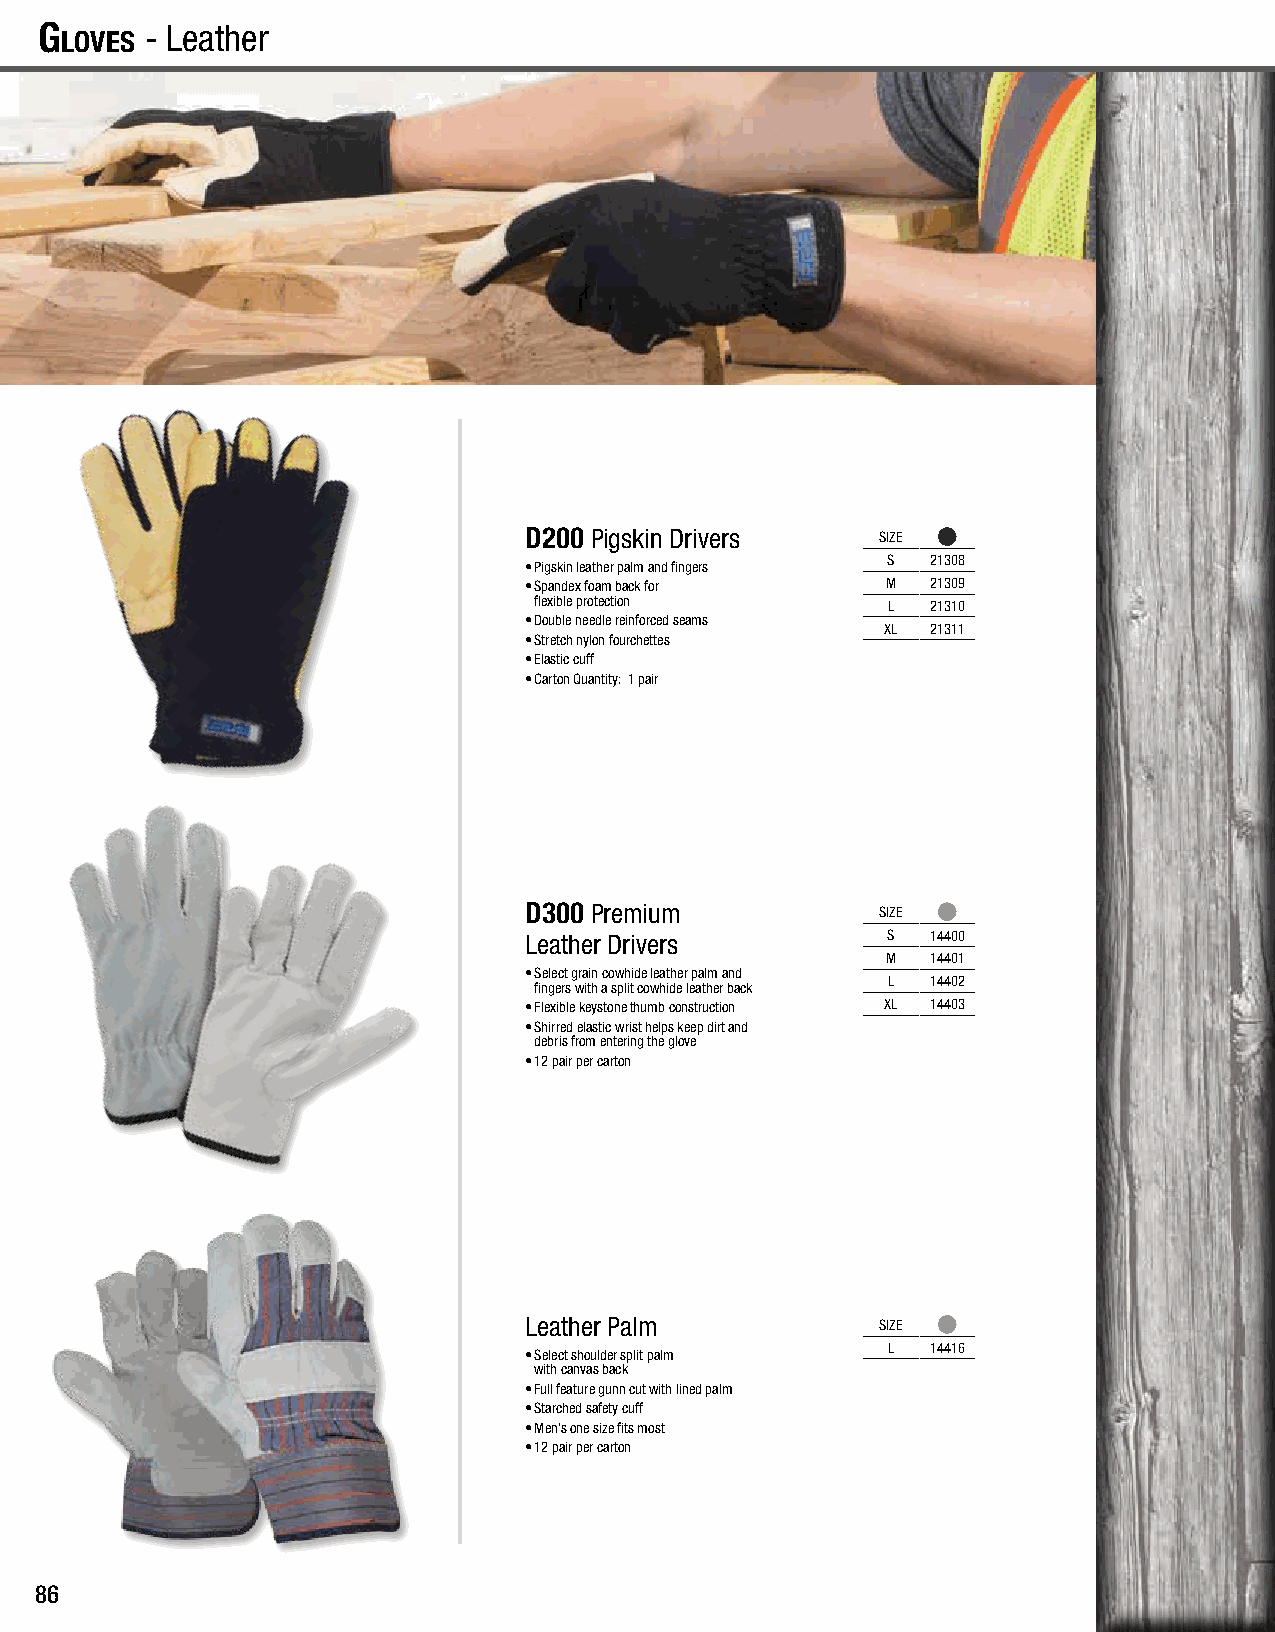
G
 loves
 - Leather                                                                             G
 loves
 D200 Pigskin Drivers   SIZE
 S  21308
 • Pigskin leather palm and fingers
 • Spandex foam back for M  21309
 flexible protection     L  21310
 • Double needle reinforced seams
 XL 21311
 • Stretch nylon fourchettes
 • Elastic cuff
 • Carton Quantity: 1 pair
 D300 Premium           SIZE
 Leather Drivers         S  14400
 M  14401
 • Select grain cowhide leather palm and
 L  14402
 fingers with a split cowhide leather back
 • Flexible keystone thumb construction XL 14403
 • Shirred elastic wrist helps keep dirt and
 debris from entering the glove
 • 12 pair per carton
 Leather Palm           SIZE
 L  14416
 • Select shoulder split palm
 with canvas back
 • Full feature gunn cut with lined palm
 • Starched safety cuff
 • Men’s one size fits most
 • 12 pair per carton
 86